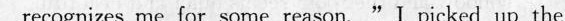
recagnizes m: fur wme resson. "I yicked up the